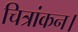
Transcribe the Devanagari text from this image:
चित्रांकन।